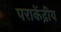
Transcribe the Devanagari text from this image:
पराकेंद्रीय